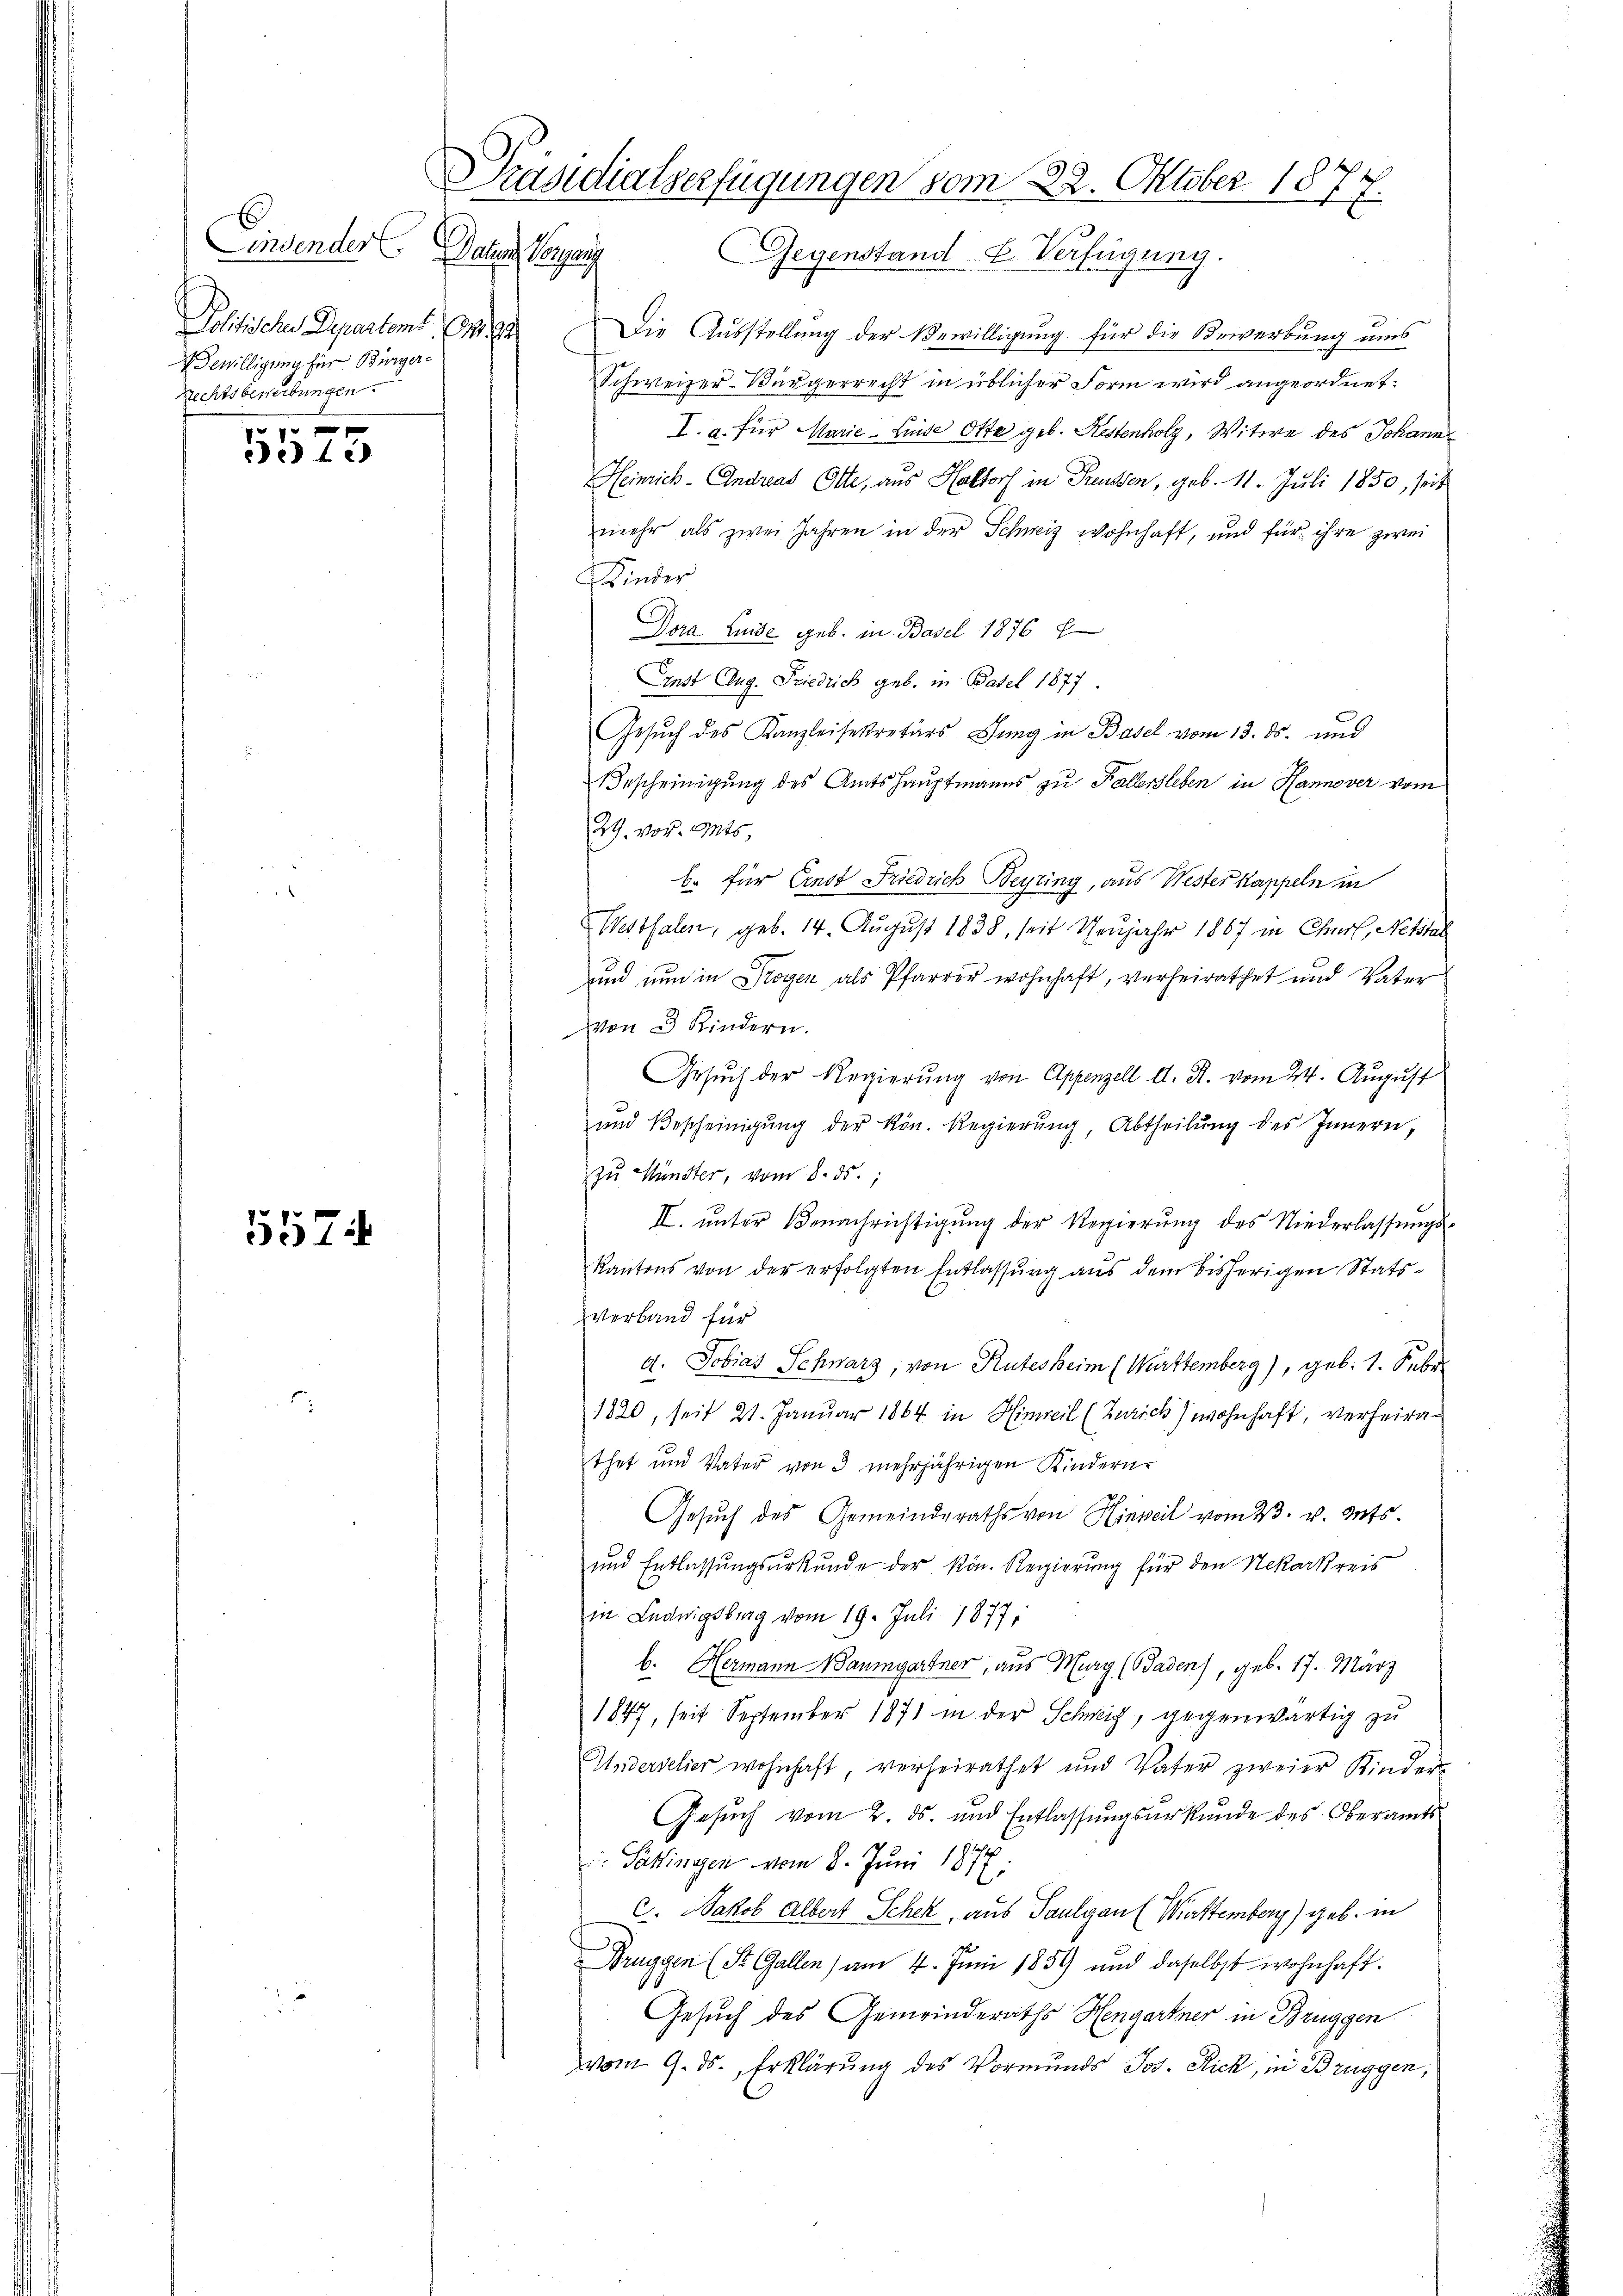
Lindender
Solitische Departont. (M.
Bewilligung für Bürger¬
Rechtsbewerbungen.

10 f 0 x
ed 4 c

5574

Präsidialverfügungen vom 22. Oktober 1874.
Daten Vorgang Gegenstand H. Verfügung.

Die Ausstellung der Bewilligung für die Bewerbung ums
Schweizer-Bürgerrecht in üblicher Form wird angeordnet:
I. g. für Marie Linde Otte geb. Restenholz, Witwe des Johann
Heinrich - Andreas Otte, aus Haltorf in Reussen, geb. 11. Juli 1850, seit
mehr als zwei Jahren in der Schweiz wohnhaft, und für ihre zwei
Kinder
Dira Luise geb. in Basel 1876 f
Ernst Aug. Friedrich geb. in Basel 1877
Gesŭch des Kanzleisekretärs Gang in Basel vom 13. ds. und
Bescheinigung des Amtshauptmanns zu Fallersleben in Hannover vom
29. vor. Mts,
b. für Ernst Friedrich Beyring, aus Wester Kappeln in
Westfalen, geb. 14. August 1838, seit Neujahr 1867 in Churf, Notstal
und nun in Trogen als Pfarrer wohnhaft, verheirathet und Vater
von 3 Kindern.
Gesŭch der Regierŭng von Appenzell A. R. vom 24. August
und Bescheinigŭng der kön. Regierŭng, Abtheilŭng des Innern,
zu Münster, vom 8. ds.,
II. ŭnter Benachrichtigŭng der Regierŭng des Niederlassŭngs-
Kantons von der erfolgten Entlassŭng aus dem bisherigen Stats¬
Verband für
d. Tobias Schwarz, von Rutes beim (Württemberg), geb. 1. Febr.
1820, seit 21. Januar 1864 in Hinweil (Zürich) wohnhaft, verheirathet und Vater von 3 mehrjährigen Kindern.
Gesuch des Gemeinderaths von Hinweil vom 23. v. Mts.
und Entlassungsurkunde der kön. Regierung für den Nekarkreis
in Ludwigsburg vom 19. Juli 18771
b. Hermann Baumgartner, aus Murg (Baden), geb. 17. März
1847, seit September 1871 in der Schweiz, gegenwärtig zu
Underselier wohnhaft, verheirathet und Vater zweier Kinder-
Gesŭch vom 2. ds. und Entlassŭngsŭrkŭnde des Oberamts
 Gattingen vom 8. Juni 1877.
c. Jakob Albert Schek, aus Paulgau (Wettemberg) geb. in
Druggen (St. Gallen) am 4. Juni 1859 und daselbst wohnhaft.
Gesuch des Gemeinderaths Hengartner in Brüggen
vom 9. ds., Erklärung des Vormunds Jos. Rick, in Brüggen,